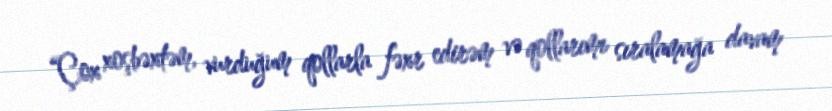
“Çox xoşbəxtəm, vurduğum qollarla fəxr edirəm və qollarımı sıralamağa davam